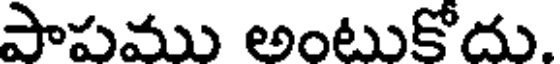
పాపము అంటుకోదు.